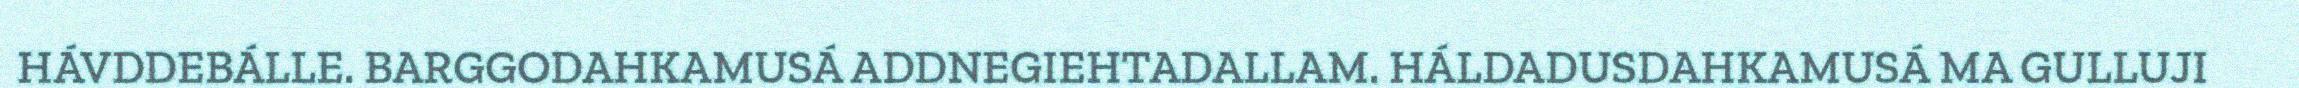
HÁVDDEBÁLLE. BARGGODAHKAMUSÁ ADDNEGIEHTADALLAM. HÁLDADUSDAHKAMUSÁ MA GULLUJI